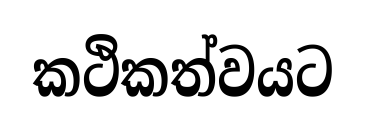
කථිකත්වයට